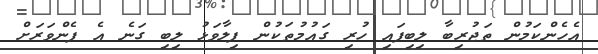
އެހެންކަމުން ތަޖުރިބާ ލިބިފައި ހުރި ގައުމުތަކުން ފިލާވަޅު ލިބި ގަނެ އެ ފެންވަރަށް